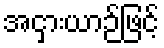
အငှားယာဉ်ဖြင့်